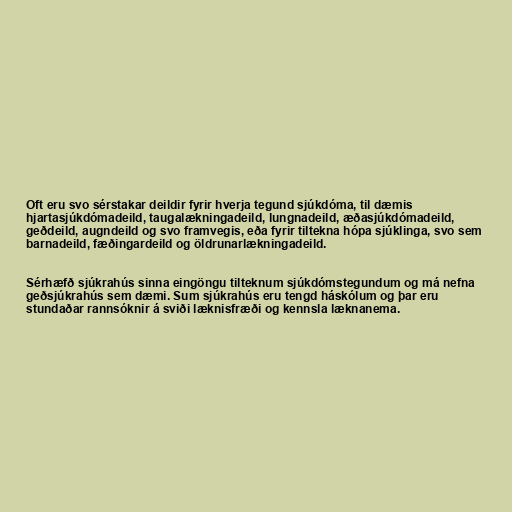
Oft eru svo sérstakar deildir fyrir hverja tegund sjúkdóma, til dæmis
hjartasjúkdómadeild, taugalækningadeild, lungnadeild, æðasjúkdómadeild,
geðdeild, augndeild og svo framvegis, eða fyrir tiltekna hópa sjúklinga, svo sem
barnadeild, fæðingardeild og öldrunarlækningadeild.

Sérhæfð sjúkrahús sinna eingöngu tilteknum sjúkdómstegundum og má nefna
geðsjúkrahús sem dæmi. Sum sjúkrahús eru tengd háskólum og þar eru
stundaðar rannsóknir á sviði læknisfræði og kennsla læknanema.